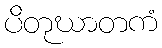
ပိတုဃာတကံ